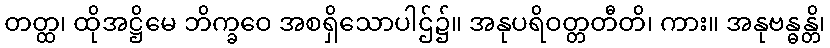
တတ္ထ၊ ထိုအဋ္ဌိမေ ဘိက္ခဝေ အစရှိသောပါဌ်၌။ အနုပရိဝတ္တတီတိ၊ ကား။ အနုဗန္ဓန္တိ၊